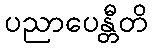
ပညာပေန္တီတိ